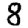
Digit: 8